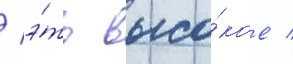
/ э́то высо́кое /